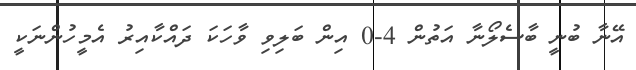
އޭނާ ބުނީ ބާސެލޯނާ އަތުން 4-0 އިން ބަލިވި ވާހަކަ ދައްކާއިރު އެމީހުންނަކީ